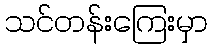
သင်တန်းကြေးမှာ